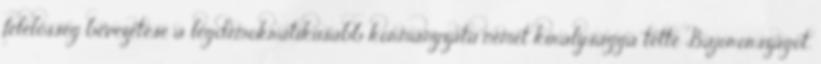
felelősség bevezetése a legdemokratikusabb kormányzatú német királysággá tette Bajorországot.